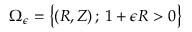
\Omega _ { \epsilon } = \bigl \{ ( R , Z ) \, ; \, 1 + \epsilon R > 0 \bigr \}